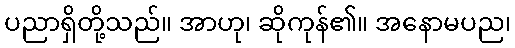
ပညာရှိတို့သည်။ အာဟု၊ ဆိုကုန်၏။ အနောမပည၊